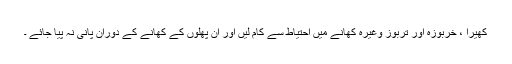
کھیرا ، خربوزہ اور تربوز وغیرہ کھانے میں احتیاط سے کام لیں اور ان پھلوں کے کھانے کے دوران پانی نہ پیا جائے ۔